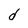
Character: d